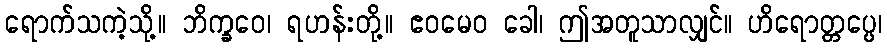
ရောက်သကဲ့သို့။ ဘိက္ခဝေ၊ ရဟန်းတို့။ ဧဝမေဝ ခေါ၊ ဤအတူသာလျှင်။ ဟိရောတ္တပ္ပေ၊